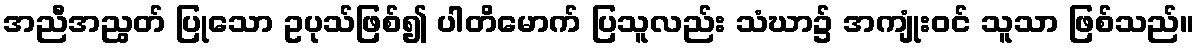
အညီအညွတ် ပြုသော ဥပုသ်ဖြစ်၍ ပါတိမောက် ပြသူလည်း သံဃာ၌ အကျုံးဝင် သူသာ ဖြစ်သည်။